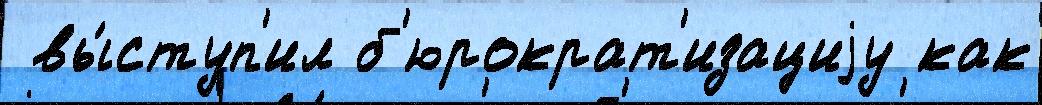
 вы́ступ'ил б'юрократ'изациjу как